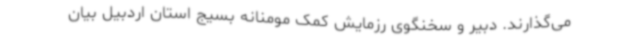
می‌گذارند. دبیر و سخنگوی رزمایش کمک مومنانه بسیج استان اردبیل بیان